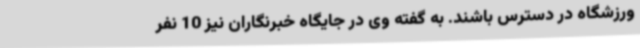
ورزشگاه در دسترس باشند. به گفته وی در جایگاه خبرنگاران نیز 10 نفر